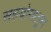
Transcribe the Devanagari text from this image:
सहयोगातून